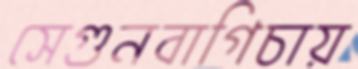
সেগুনবাগিচায়